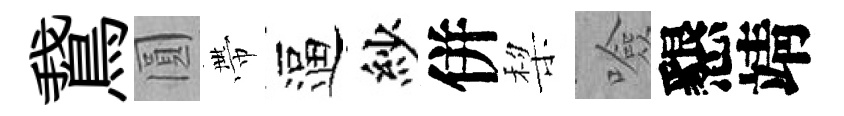
鵞圓帶逼紗併棃噞懇靖